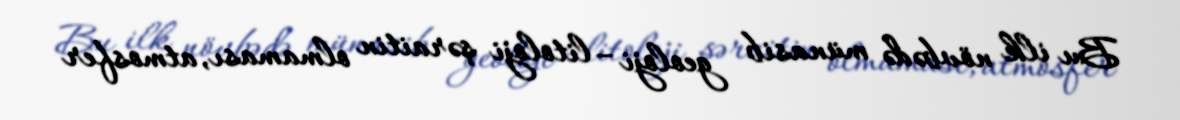
Bu ilk növbədə münasib geoloji –litoloji şəraitin olmaması, atmosfer